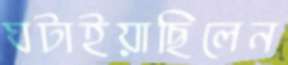
ঘটাইয়াছিলেন